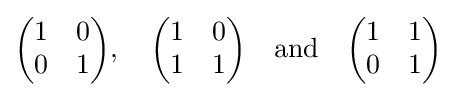
{\begin{pmatrix}1&0\\0&1\end{pmatrix}},\quad {\begin{pmatrix}1&0\\1&1\end{pmatrix}}\quad {\text{and}}\quad {\begin{pmatrix}1&1\\0&1\end{pmatrix}}